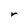
Character: r